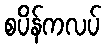
စပိန်ကလပ်